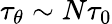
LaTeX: \tau_{\theta}\sim N\tau_{0}